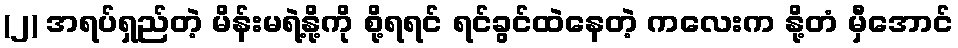
(၂) အရပ်ရှည်တဲ့ မိန်းမရဲ့နို့ကို စို့ရရင် ရင်ခွင်ထဲနေတဲ့ ကလေးက နို့တံ မှီအောင်